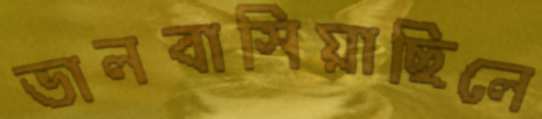
ভালবাসিয়াছিলে